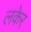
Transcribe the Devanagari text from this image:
लकेर